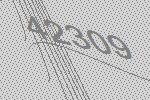
42309